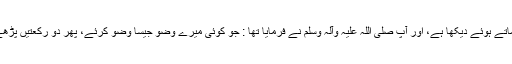
پھر فرمایا : میں نے حضور نبی اکرم صلی اللہ علیہ وآلہ وسلم کو اِسی طریقہ سے وضو فرماتے ہوئے دیکھا ہے، اور آپ صلی اللہ علیہ وآلہ وسلم نے فرمایا تھا : جو کوئی میرے وضو جیسا وضو کرئے، پھر دو رکعتیں پڑھے اس دوران دل میں کوئی اور خیال نہ آنے دے تو اُس کے سابقہ گناہ بخش دیے جاتے ہیں۔